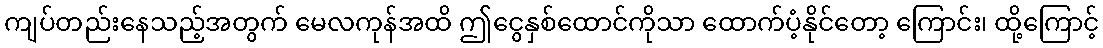
ကျပ်တည်းနေသည့်အတွက် မေလကုန်အထိ ဤငွေနှစ်ထောင်ကိုသာ ထောက်ပံ့နိုင်တော့ ကြောင်း၊ ထို့ကြောင့်